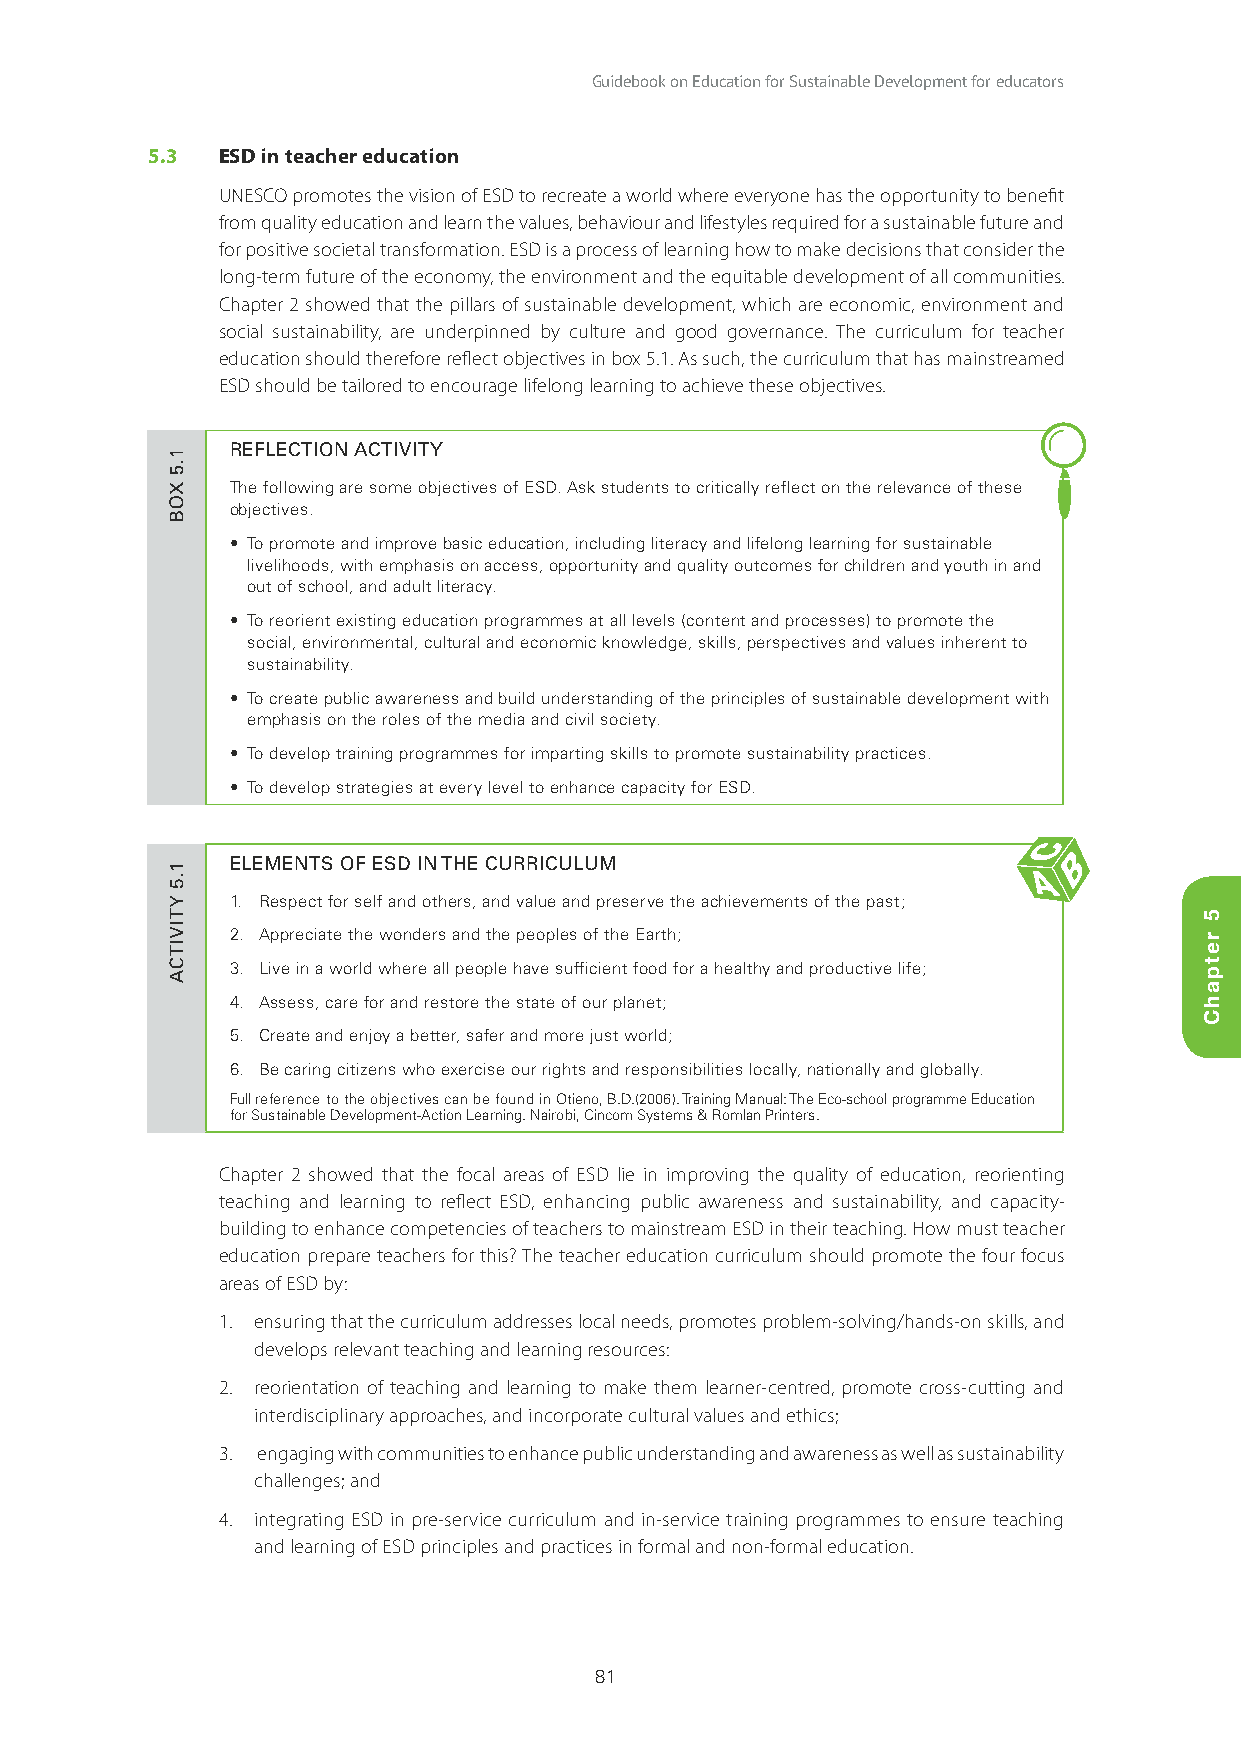
Guidebook on Education for Sustainable Development for educators
 5.3 ESD in teacher education
 UNESCO promotes the vision of ESD to recreate a world where everyone has the opportunity to benefit
 from quality education and learn the values, behaviour and lifestyles required for a sustainable future and
 for positive societal transformation. ESD is a process of learning how to make decisions that consider the
 long-term future of the economy, the environment and the equitable development of all communities.
 Chapter 2 showed that the pillars of sustainable development, which are economic, environment and
 social sustainability, are underpinned by culture and good governance. The curriculum for teacher
 education should therefore reflect objectives in box 5.1. As such, the curriculum that has mainstreamed
 ESD should be tailored to encourage lifelong learning to achieve these objectives.
 REFLECTION ACTIVITY
 The following are some objectives of ESD. Ask students to critically reflect on the relevance of these
 objectives.
 • To promote and improve basic education, including literacy and lifelong learning for sustainable
 livelihoods, with emphasis on access, opportunity and quality outcomes for children and youth in and
 out of school, and adult literacy.
 • To reorient existing education programmes at all levels (content and processes) to promote the
 social, environmental, cultural and economic knowledge, skills, perspectives and values inherent to
 sustainability.
 • To create public awareness and build understanding of the principles of sustainable development with
 emphasis on the roles of the media and civil society.
 • To develop training programmes for imparting skills to promote sustainability practices.
 • To develop strategies at every level to enhance capacity for ESD.
 ELEMENTS OF ESD IN THE CURRICULUM
 1. Respect for self and others, and value and preserve the achievements of the past;
 2. Appreciate the wonders and the peoples of the Earth;
 3. Live in a world where all people have sufficient food for a healthy and productive life;
 4. Assess, care for and restore the state of our planet;
 5. Create and enjoy a better, safer and more just world;
 6. Be caring citizens who exercise our rights and responsibilities locally, nationally and globally.
 Full reference to the objectives can be found in Otieno, B.D.(2006). Training Manual: The Eco-school programme Education
 for Sustainable Development-Action Learning. Nairobi, Cincom Systems & Romlan Printers.
 Chapter 2 showed that the focal areas of ESD lie in improving the quality of education, reorienting
 teaching and learning to reflect ESD, enhancing public awareness and sustainability, and capacity-
 building to enhance competencies of teachers to mainstream ESD in their teaching. How must teacher
 education prepare teachers for this? The teacher education curriculum should promote the four focus
 areas of ESD by:
 1. ensuring that the curriculum addresses local needs, promotes problem-solving/hands-on skills, and
 develops relevant teaching and learning resources:
 2. reorientation of teaching and learning to make them learner-centred, promote cross-cutting and
 interdisciplinary approaches, and incorporate cultural values and ethics;
 3. engaging with communities to enhance public understanding and awareness as well as sustainability
 challenges; and
 4. integrating ESD in pre-service curriculum and in-service training programmes to ensure teaching
 and learning of ESD principles and practices in formal and non-formal education.
 81
 1.5
 XOB
 1.5
 YTIVITCA
 5
 retpahC